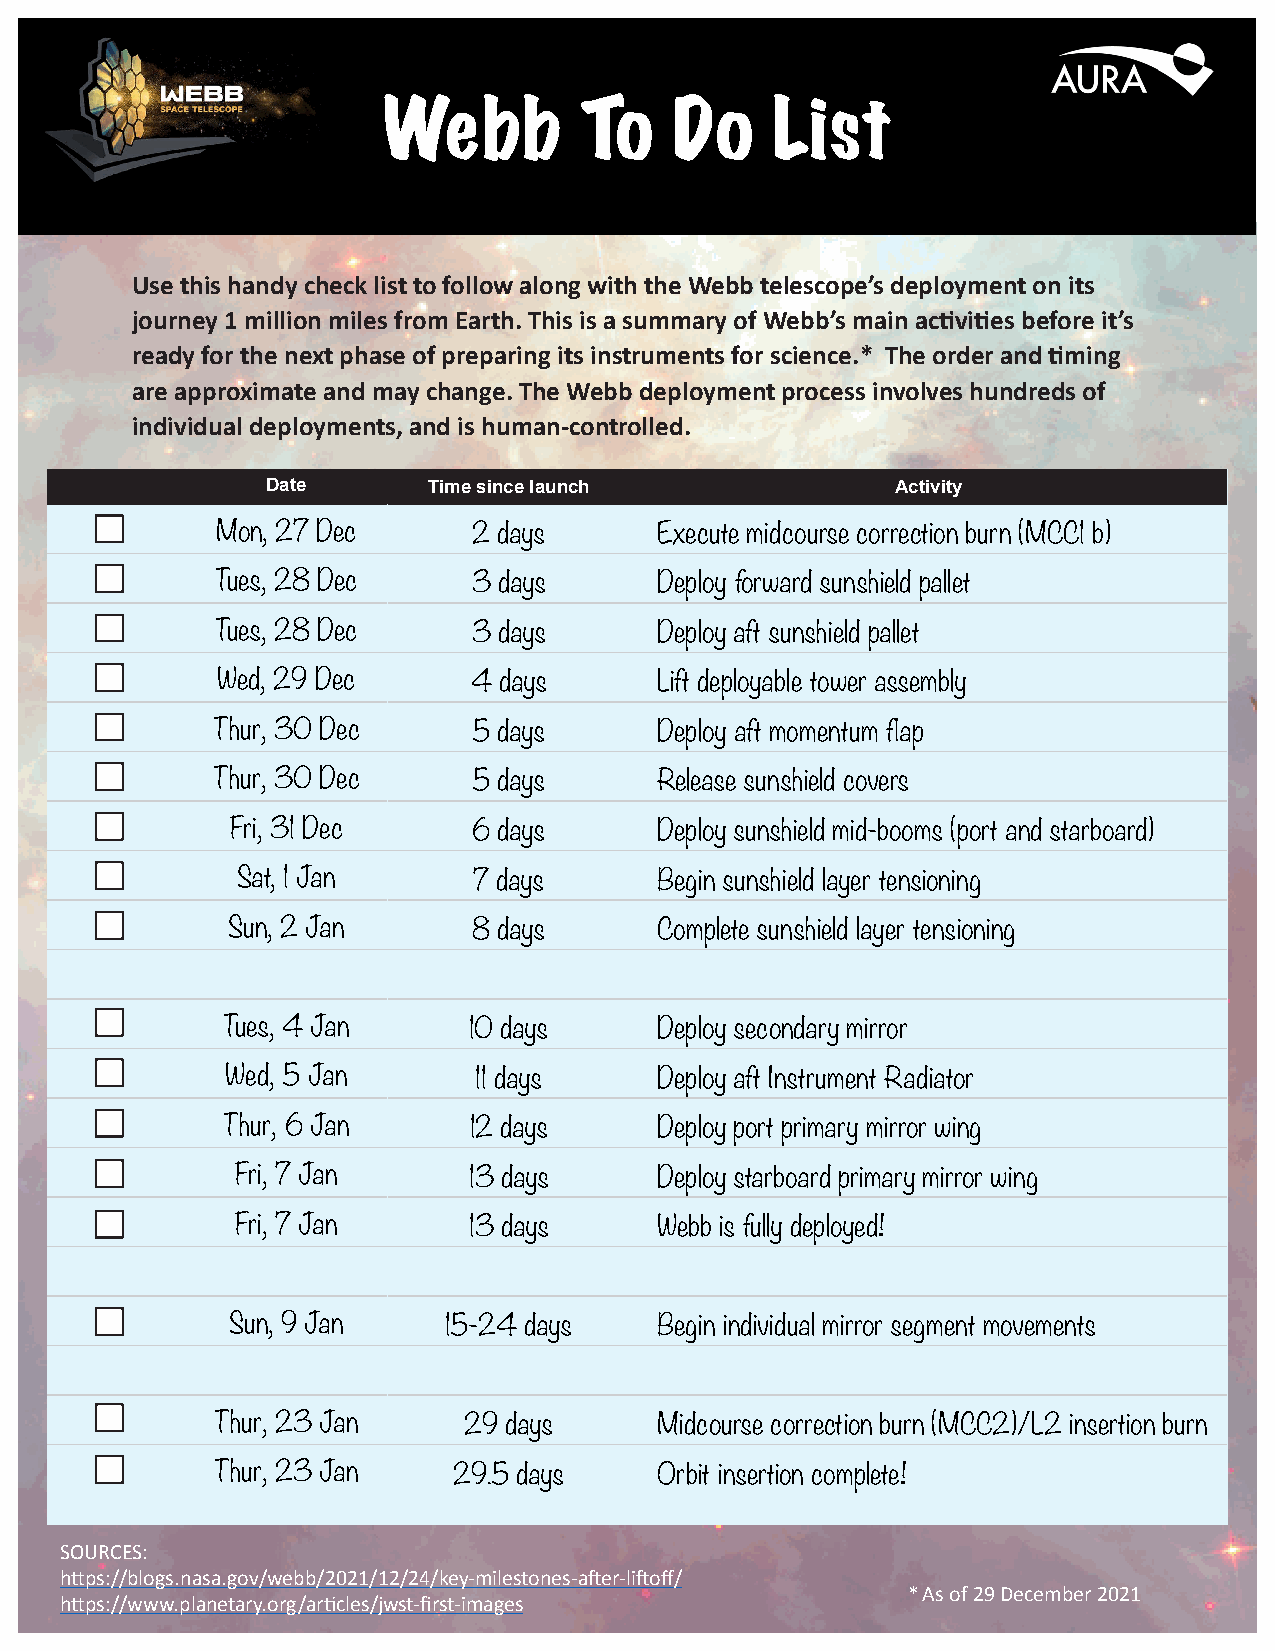
Webb         To     Do    List
 Use this handy check list to follow along with the Webb telescope’s deployment on its
 journey 1 million miles from Earth. This is a summary of Webb’s main activities before it’s
 ready for the next phase of preparing its instruments for science.* The order and timing
 are approximate and may change. The Webb deployment process involves hundreds of
 individual deployments, and is human-controlled.
 Date      Time since launch              Activity
 Mon, 27 Dec      2 days       Execute midcourse correction burn (MCC1 b)
 Tues, 28 Dec     3 days       Deploy forward sunshield pallet
 Tues, 28 Dec     3 days       Deploy aft sunshield pallet
 Wed, 29 Dec      4 days       Lift deployable tower assembly
 Thur, 30 Dec     5 days       Deploy aft momentum flap
 Thur, 30 Dec     5 days       Release sunshield covers
 Fri, 31 Dec     6 days       Deploy sunshield mid-booms (port and starboard)
 Sat, 1 Jan     7 days       Begin sunshield layer tensioning
 Sun, 2 Jan      8 days       Complete sunshield layer tensioning
 Tues, 4 Jan     10 days      Deploy secondary mirror
 Wed, 5 Jan      11 days      Deploy aft Instrument Radiator
 Thur, 6 Jan     12 days      Deploy port primary mirror wing
 Fri, 7 Jan     13 days      Deploy starboard primary mirror wing
 Fri, 7 Jan     13 days      Webb is fully deployed!
 Sun, 9 Jan    15-24 days     Begin individual mirror segment movements
 Thur, 23 Jan     29 days      Midcourse correction burn (MCC2)/L2 insertion burn
 Thur, 23 Jan    29.5 days     Orbit insertion complete!
 SOURCES:
 https://blogs.nasa.gov/webb/2021/12/24/key-milestones-after-liftoff/
 * As of 29 December 2021
 https://www.planetary.org/articles/jwst-first-images